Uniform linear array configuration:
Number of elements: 16
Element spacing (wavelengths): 1
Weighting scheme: uniform
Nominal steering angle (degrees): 60
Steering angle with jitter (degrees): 60.449
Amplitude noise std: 0.05
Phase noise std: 0.05

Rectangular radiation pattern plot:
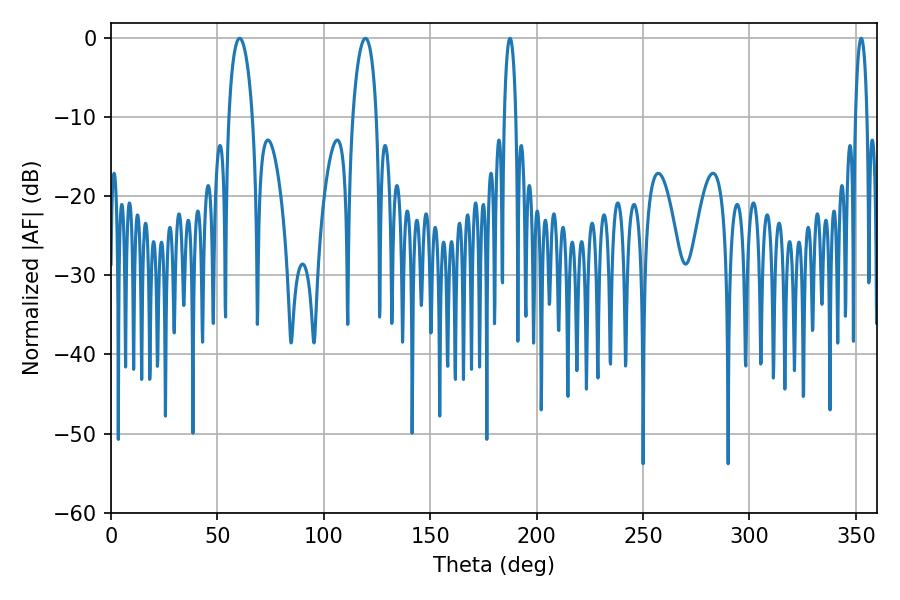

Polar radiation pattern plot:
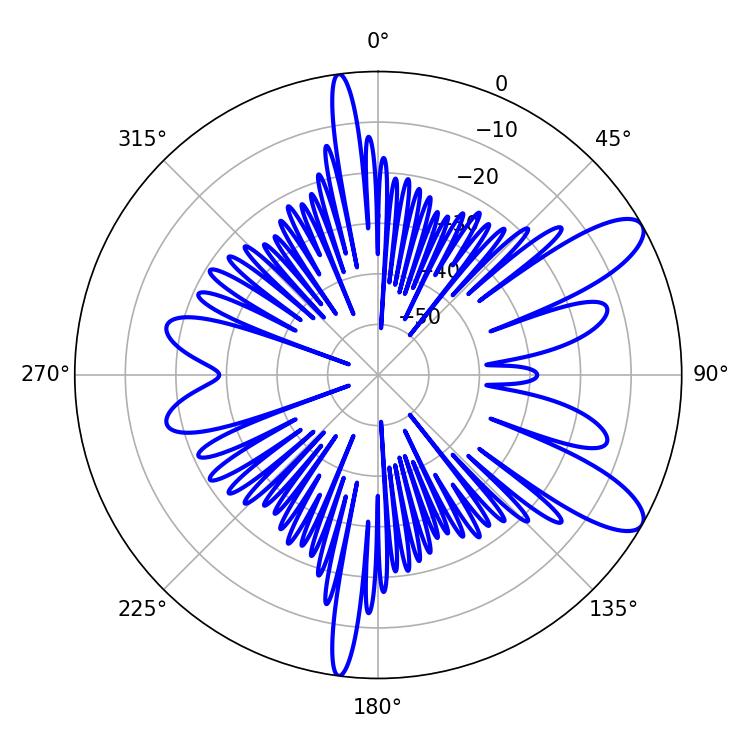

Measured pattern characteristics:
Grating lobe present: TRUE
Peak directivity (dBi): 10.109
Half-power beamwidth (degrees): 6.3
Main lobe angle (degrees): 60.48